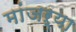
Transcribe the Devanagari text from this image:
मांजऱ्या